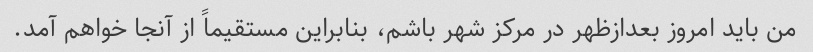
من باید امروز بعدازظهر در مرکز شهر باشم، بنابراین مستقیماً از آنجا خواهم آمد.